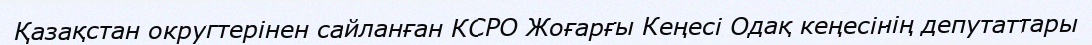
Қазақстан округтерінен сайланған КСРО Жоғарғы Кеңесі Одақ кеңесінің депутаттары